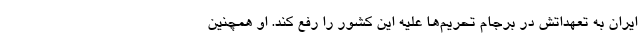
ایران به تعهداتش در برجام تحریم‌ها علیه این کشور را رفع کند. او همچنین